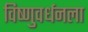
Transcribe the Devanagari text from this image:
विष्णुवर्धनला